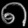
Digit: ၈